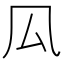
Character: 𠫗